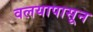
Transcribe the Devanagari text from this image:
वलयापासून